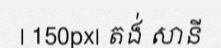
| 150px| តង់ សានី